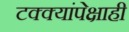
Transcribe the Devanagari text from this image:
टक्क्यांपेक्षाही